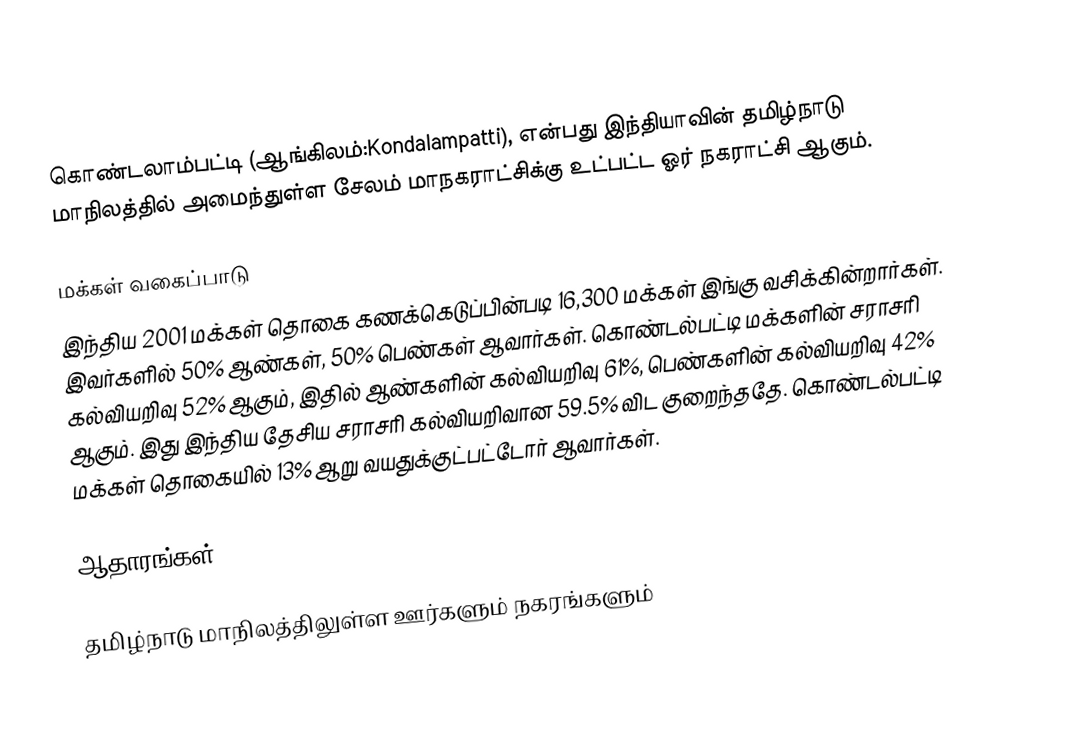
கொண்டலாம்பட்டி (ஆங்கிலம்:Kondalampatti), என்பது இந்தியாவின் தமிழ்நாடு மாநிலத்தில் அமைந்துள்ள சேலம் மாநகராட்சிக்கு உட்பட்ட ஓர் நகராட்சி ஆகும்.

மக்கள் வகைப்பாடு
இந்திய 2001 மக்கள் தொகை கணக்கெடுப்பின்படி 16,300 மக்கள் இங்கு வசிக்கின்றார்கள். இவர்களில் 50% ஆண்கள், 50% பெண்கள் ஆவார்கள். கொண்டல்பட்டி மக்களின் சராசரி கல்வியறிவு 52% ஆகும், இதில் ஆண்களின் கல்வியறிவு 61%, பெண்களின் கல்வியறிவு 42% ஆகும். இது இந்திய தேசிய சராசரி கல்வியறிவான 59.5% விட குறைந்ததே. கொண்டல்பட்டி மக்கள் தொகையில் 13% ஆறு வயதுக்குட்பட்டோர் ஆவார்கள்.

ஆதாரங்கள்

தமிழ்நாடு மாநிலத்திலுள்ள ஊர்களும் நகரங்களும்